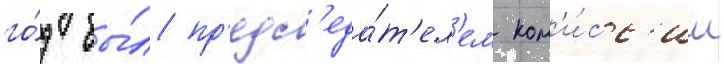
го́д бы́л пр'едс'еда́т'ел'ем ком'и́сс'ии